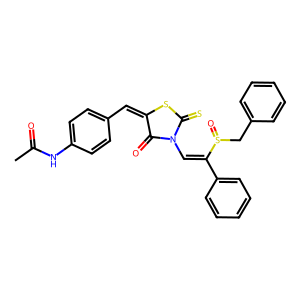
SMILES: CC(=O)Nc1ccc(C=C2SC(=S)N(C=C(c3ccccc3)S(=O)Cc3ccccc3)C2=O)cc1
Inhibits HIV replication: No